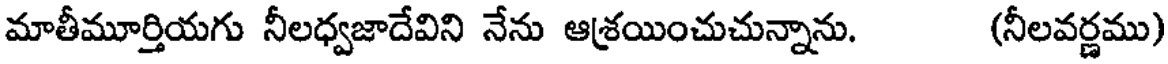
మాతీమూర్తియగు నీలధ్వజాదేవిని నేను ఆశ్రయించుచున్నాను. (నీలవర్ణము)